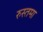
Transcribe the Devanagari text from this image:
रुस्तमा